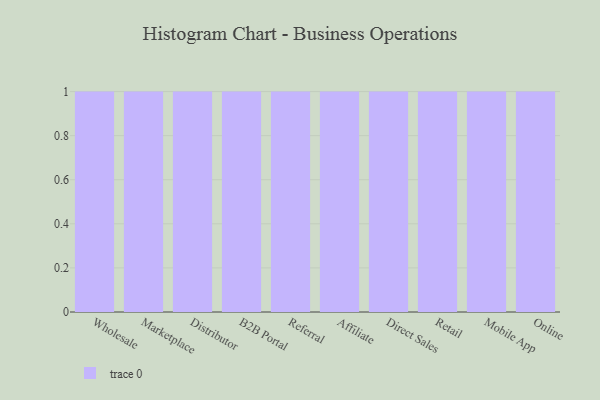
{"axis": {"x": "Channel", "y": "LTV (USD)"}, "legend": [""], "data": [{"x": "Wholesale", "y": 25, "type": ""}, {"x": "Marketplace", "y": 70, "type": ""}, {"x": "Distributor", "y": 11, "type": ""}, {"x": "B2B Portal", "y": 46, "type": ""}, {"x": "Referral", "y": 86, "type": ""}, {"x": "Affiliate", "y": 25, "type": ""}, {"x": "Direct Sales", "y": 54, "type": ""}, {"x": "Retail", "y": 11, "type": ""}, {"x": "Mobile App", "y": 36, "type": ""}, {"x": "Online", "y": 62, "type": ""}]}